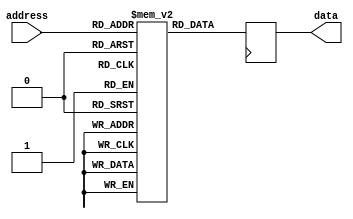
module OTP_ROM (
    input wire [6:0] address,
    output reg [7:0] data
);

reg [7:0] memory [0:127]; // Fixed-size memory block

initial begin
    // Initialize memory with permanent data
    memory[0] = 8'b11110000;
    memory[1] = 8'b10101010;
    // Add more initialization data here...
end

always @(posedge clk) begin
    // Read data from memory based on address
    data <= memory[address];
end

endmodule